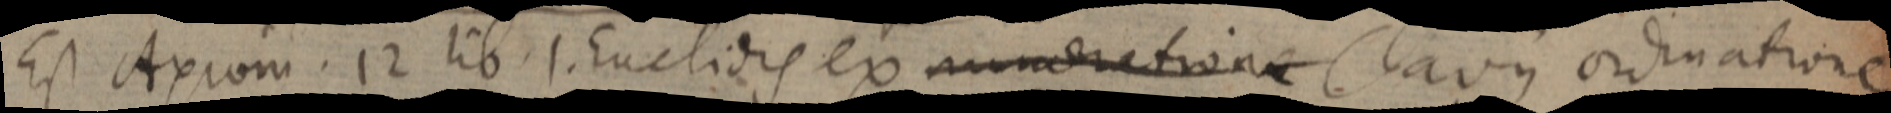
Est Axiom. 12 lib. 1. Euclidis ex numeratione Clavius ordinatione